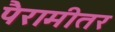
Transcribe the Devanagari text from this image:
पैरामीतर